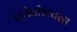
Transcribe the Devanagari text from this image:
फ़्लैवीवायरस